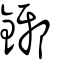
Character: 鋣